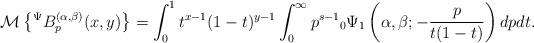
LaTeX: \begin{align*}\mathcal{M}\left\lbrace {}^{\Psi}B_{p}^{(\alpha,\beta)}(x,y)\right\rbrace =\int_{0}^{1}t^{x-1}(1-t)^{y-1}\int_{0}^{\infty}p^{s-1}{}_{0}\Psi_{1}\left( \alpha,\beta;-\frac{p}{t(1-t)}\right)dpdt.\end{align*}